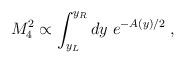
LaTeX: \begin{align*}M_4^2 \propto \int_{y_L}^{y_R} dy \; e^{-A(y)/2} \; ,\end{align*}